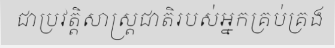
ជាប្រវត្តិសាស្ត្រជាតិរបស់អ្នកគ្រប់គ្រង